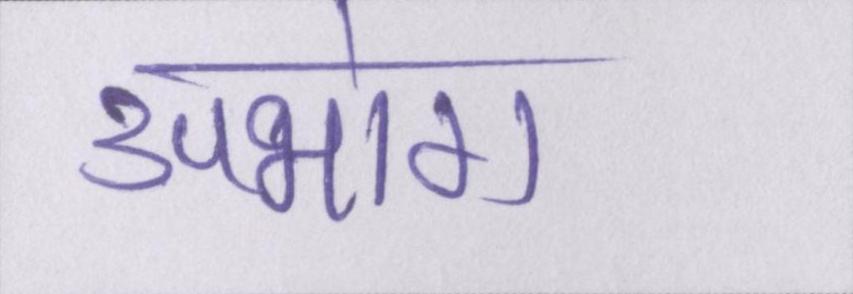
उपभोग